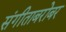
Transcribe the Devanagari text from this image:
संगीताबरोबर